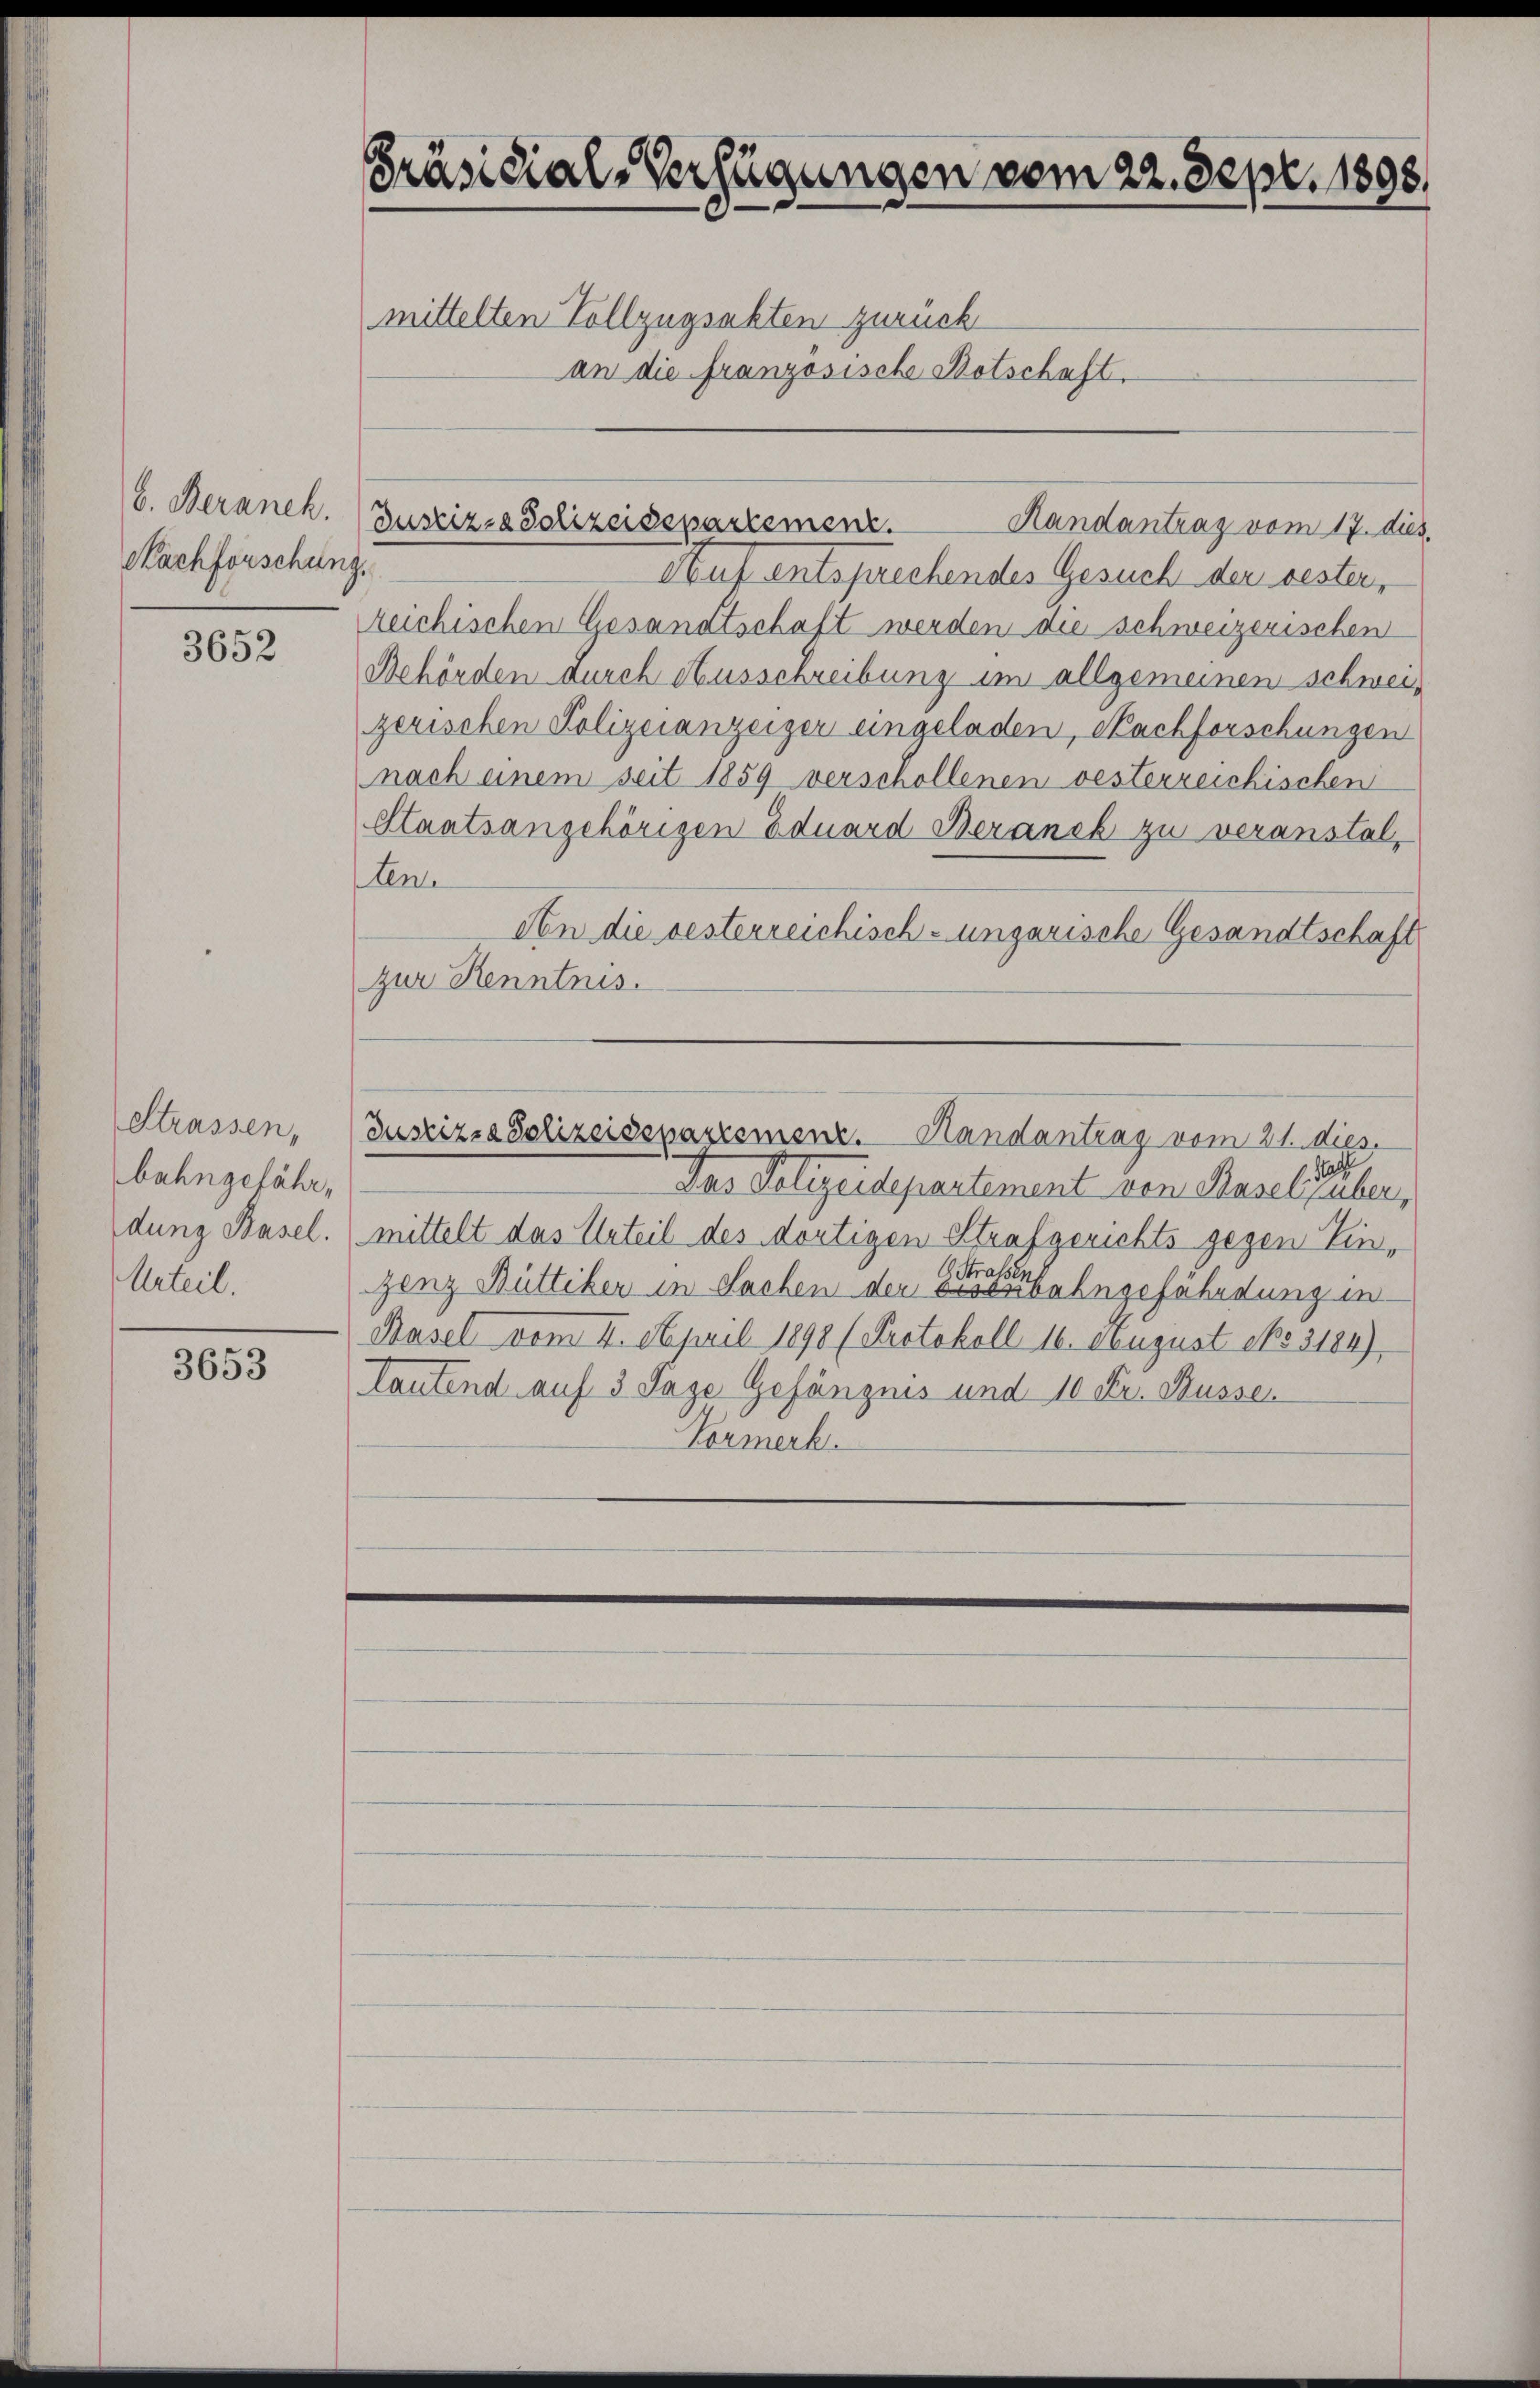
b. Beraneh.
Nachforschun

3652

Strassen,
bahngefähr,
dung Basel.
Urteil.

3653

Präsidial-Verfügungen vom 22. Sept. 1898.
mittelten Vollzugsakten zurück
an die französische Botschaft.

i
Auf entsprechendes Gesuch der bester,
zeichischen Gesandtschaft werden die schweizerischen
Behörden Durch Ausschreibung im allgemeinen schweizerischen Polizeianzeiger eingeladen, Nachforschungen
nach einem seit 1859 verschollenen vesterreichischen
Staatsangehörigen Eduard Beranek zu veranstal,
Lent
An die besterreichisch-ungarische Gesandtschaft
zur Kenntnis.
Justiz- & Polizeisepartemenz. Randantrag vom 21. dies
Das Polizeidepartement von Basels aber
mittelt das Urteil des dortigen Strafgerichts gegen Ein¬
 Straf
genz Büttiker in Sachen der eisenbahngefährdung in
Basel vom 4. April 1890 (Protokoll 16. August 1653184),
tautend auf 3 Tage Gefängnis und 10 Fr. Kusse
Formerk.

Justiz- & Polizeidepartement.
Handantrag vom 17. dies